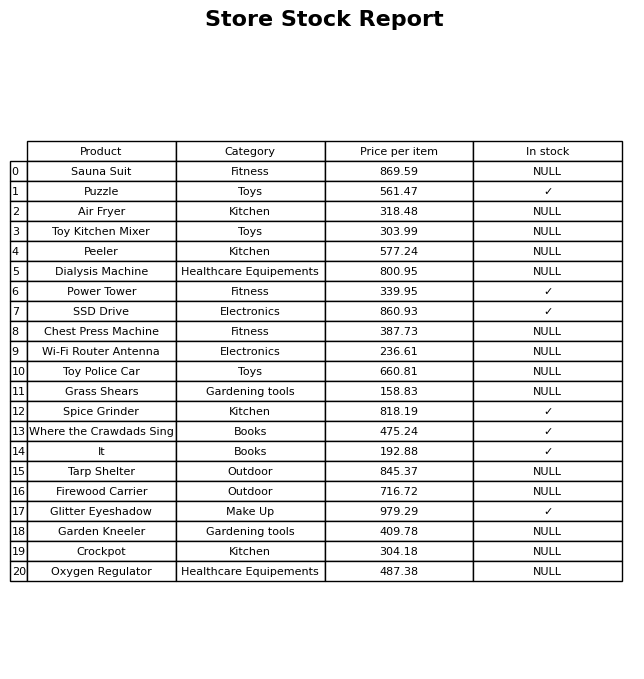
question: Which products are available in stock?
answer: Puzzle, Power Tower, SSD Drive, Spice Grinder, Where the Crawdads Sing, It, Glitter Eyeshadow